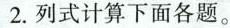
2.列式计算下面各题。